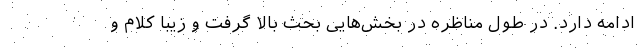
ادامه دارد. در طول مناظره در بخش‌هایی بحث بالا گرفت و زیبا کلام و